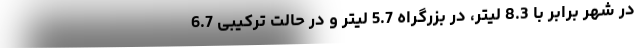
در شهر برابر با 8.3 لیتر، در بزرگراه 5.7 لیتر و در حالت ترکیبی 6.7